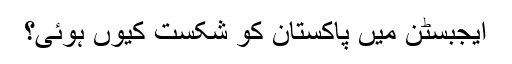
ایجبسٹن میں پاکستان کو شکست کیوں ہوئی؟